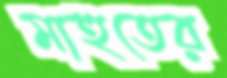
মাহুতের